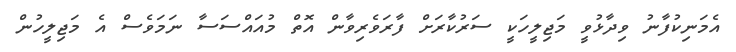
އެމަނިކުފާނު ވިދާޅުވީ މަޖިލީހަކީ ސަރުކާރަށް ފާރަވެރިވާން އޮތް މުއައްސަސާ ނަމަވެސް އެ މަޖިލީހުން